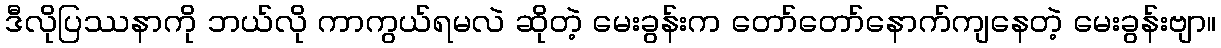
ဒီလိုပြဿနာကို ဘယ်လို ကာကွယ်ရမလဲ ဆိုတဲ့ မေးခွန်းက တော်တော်နောက်ကျနေတဲ့ မေးခွန်းဗျာ။